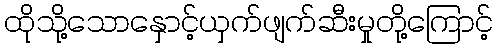
ထိုသို့သောနှောင့်ယှက်ဖျက်ဆီးမှုတို့ကြောင့်